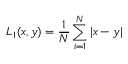
L _ { 1 } ( x , y ) = \frac { 1 } { N } \sum _ { i = 1 } ^ { N } \left| x - y \right|